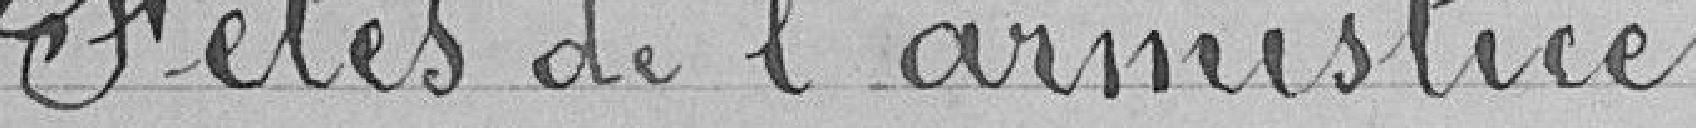
Fêtes de l'Armistice